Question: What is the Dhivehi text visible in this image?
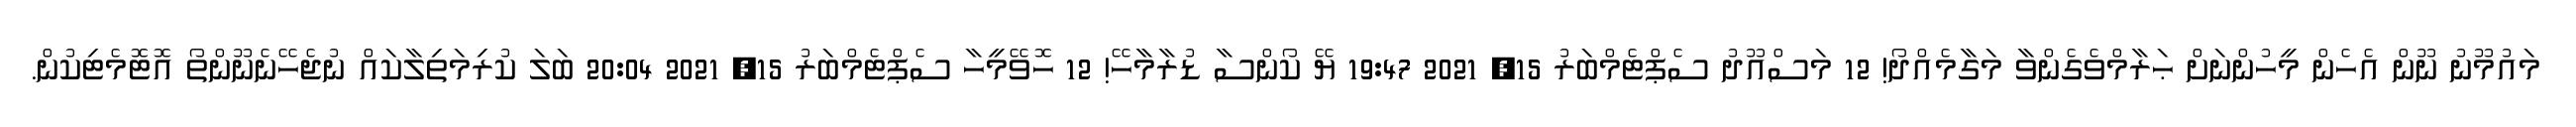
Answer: މައުމޫނު ނޫން އެހެން މީހުންނަށް ޙަރާމްވެގެންވާ މަގާމެއްދޯ! 12 މަސްއޫދު ސެޕްޓެމްބަރު 15, 2021 19:47 ޔޭ ކޯންސާ ޑުރާމާހޭ! 12 ހޮވޭމީހާ ސެޕްޓެމްބަރު 15, 2021 20:04 ބަލަ ކުރިމަތިލާކައް ނުޖެހޭނެނޫންތޯ އޮޓޮމެޓިކުން.